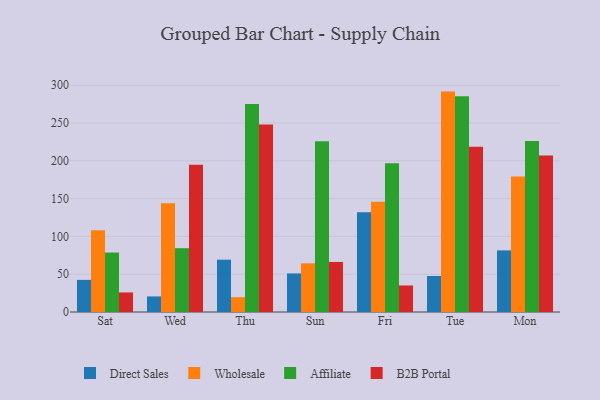
{"axis": {"x": "Day", "y": "Net Income (USD K)"}, "legend": ["Affiliate", "B2B Portal", "Direct Sales", "Wholesale"], "data": [{"x": "Sat", "y": 42.5, "type": "Direct Sales"}, {"x": "Sat", "y": 108.3, "type": "Wholesale"}, {"x": "Sat", "y": 78.7, "type": "Affiliate"}, {"x": "Sat", "y": 25.9, "type": "B2B Portal"}, {"x": "Wed", "y": 20.6, "type": "Direct Sales"}, {"x": "Wed", "y": 144.0, "type": "Wholesale"}, {"x": "Wed", "y": 84.4, "type": "Affiliate"}, {"x": "Wed", "y": 194.8, "type": "B2B Portal"}, {"x": "Thu", "y": 69.2, "type": "Direct Sales"}, {"x": "Thu", "y": 19.6, "type": "Wholesale"}, {"x": "Thu", "y": 275.1, "type": "Affiliate"}, {"x": "Thu", "y": 248.0, "type": "B2B Portal"}, {"x": "Sun", "y": 51.0, "type": "Direct Sales"}, {"x": "Sun", "y": 64.4, "type": "Wholesale"}, {"x": "Sun", "y": 225.8, "type": "Affiliate"}, {"x": "Sun", "y": 66.2, "type": "B2B Portal"}, {"x": "Fri", "y": 132.0, "type": "Direct Sales"}, {"x": "Fri", "y": 146.0, "type": "Wholesale"}, {"x": "Fri", "y": 196.7, "type": "Affiliate"}, {"x": "Fri", "y": 35.1, "type": "B2B Portal"}, {"x": "Tue", "y": 47.6, "type": "Direct Sales"}, {"x": "Tue", "y": 291.6, "type": "Wholesale"}, {"x": "Tue", "y": 285.4, "type": "Affiliate"}, {"x": "Tue", "y": 218.6, "type": "B2B Portal"}, {"x": "Mon", "y": 81.5, "type": "Direct Sales"}, {"x": "Mon", "y": 179.3, "type": "Wholesale"}, {"x": "Mon", "y": 226.1, "type": "Affiliate"}, {"x": "Mon", "y": 207.0, "type": "B2B Portal"}]}